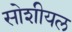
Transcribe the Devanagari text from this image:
सोशीयल